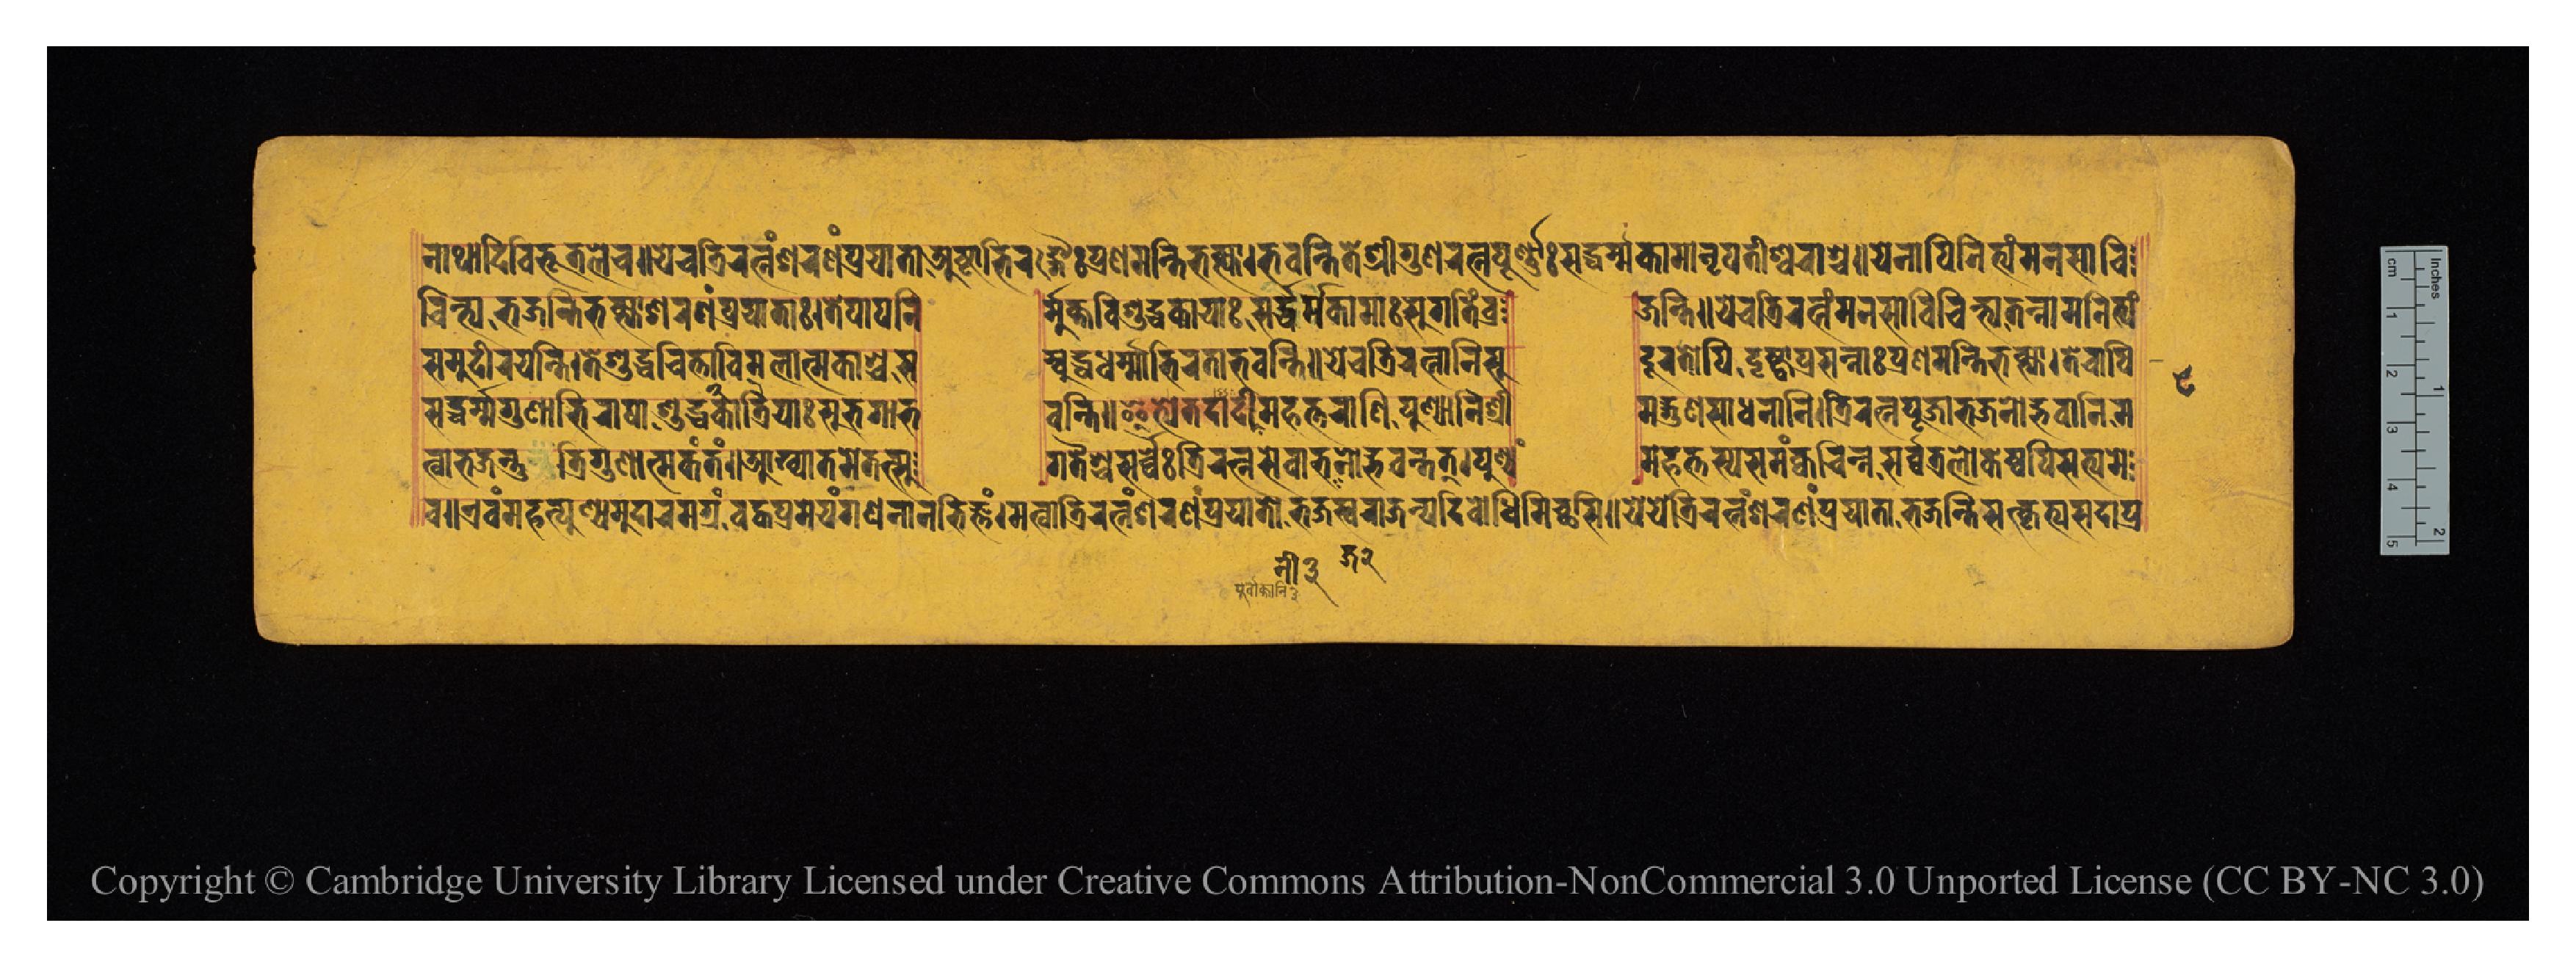
𑐣𑐵𑐠𑐵𑐡𑐶𑐰𑐶𑐨𑐹𑐟𑐮𑐾𑐔𑑌𑐫𑐾𑐔𑐟𑑂𑐬𑐶𑐬𑐟𑑂𑐣𑑄𑐱𑐬𑐞𑑄𑐥𑑂𑐬𑐫𑐵𑐟𑐵𑐀𑐲𑑂𑐚𑐵𑐨𑐶𑐬𑐐𑐿𑑅𑐥𑑂𑐬𑐣𑐩𑐣𑑂𑐟𑐶𑐨𑑂𑐎𑑂𑐟𑑂𑐫𑐵𑑋𑐨𑐰𑐣𑑂𑐟𑐶𑐟𑐾𑐱𑑂𑐬𑐷𑐐𑐸𑐞𑐰𑐬𑑂𑐞𑐥𑐹𑐬𑑂𑐞𑐵𑑅𑐳𑐡𑑂𑐢𑐬𑑂𑐩𑑂𑐩𑐎𑐵𑐩𑐵𑑅𑐣𑐺𑐥𑐟𑐷𑐱𑑂𑐰𑐬𑐵𑐱𑑂𑐔𑑌𑐫𑐾𑐔𑐵𑐥𑐶𑐣𑐶𑐟𑑂𑐫𑑄𑐩𑐣𑐳𑐵𑐰𑐶 𑐔𑐶𑐟𑑂𑐫𑐨𑐖𑐣𑑂𑐟𑐶𑐨𑐎𑑂𑐟𑑂𑐫𑐵𑐱𑐬𑐞𑑄𑐥𑑂𑐬𑐫𑐵𑐟𑐵𑑅𑑋𑐟𑐾𑐥𑐵𑐥𑐣𑐶 𑐬𑑂𑐩𑐸𑐎𑑂𑐟𑐰𑐶𑐱𑐸𑐡𑑂𑐢𑐎𑐵𑐫𑐵𑑅𑐳𑐡𑑂𑐢𑐬𑑂𑐩𑑂𑐩𑐎𑐵𑐩𑐵𑑅𑐡𑐸𑐬𑑂𑐐𑐟𑐶𑑄𑐰𑑂𑐬 𑐖𑐣𑑂𑐟𑐶𑑌𑐫𑐾𑐔𑐟𑑂𑐬𑐶𑐬𑐟𑑂𑐣𑑄𑐩𑐣𑐳𑐵𑐰𑐶𑐔𑐶𑐣𑑂𑐟𑑂𑐫𑐟𑐣𑑂𑐣𑐵𑐩𑐣𑐶𑐟𑑂𑐫𑑄 𑐳𑐩𑐸𑐡𑐷𑐬𑐫𑐣𑑂𑐟𑐶𑑋𑐟𑐾𑐱𑐸𑐡𑑂𑐢𑐔𑐶𑐟𑑂𑐟𑐵𑐰𑐶𑐩𑐮𑐵𑐟𑑂𑐩𑐎𑐵𑐱𑑂𑐔𑐳 𑐩𑑂𑐧𑐸𑐡𑑂𑐢𑐢𑐬𑑂𑐩𑐵𑐨𑐶𑐬𑐟𑐵𑐨𑐰𑐣𑑂𑐟𑐶𑑌𑐫𑐾𑐔𑐟𑑂𑐬𑐶𑐬𑐟𑑂𑐣𑐵𑐣𑐶𑐳𑐸 𑐡𑐹𑐬𑐟𑑀𑐥𑐶𑐡𑐺𑐚𑑂𑐰𑐵𑐥𑑂𑐬𑐳𑐣𑑂𑐣𑐵𑑅𑐥𑑂𑐬𑐞𑐩𑐣𑑂𑐟𑐶𑐨𑐎𑑂𑐟𑑂𑐫𑐵𑑋𑐟𑐾𑐔𑐵𑐥𑐶 𑐳𑐡𑑂𑐢𑐬𑑂𑐩𑑂𑐩𑐐𑐸𑐞𑐵𑐨𑐶𑐮𑐵𑐲𑐵𑑅𑐱𑐸𑐡𑑂𑐢𑐟𑑂𑐬𑐶𑐎𑐵𑐫𑐵𑑅𑐳𑐸𑐨𑐐𑐵𑐨 𑐰𑐣𑑂𑐟𑐶𑑌𑐂𑐟𑑂𑐫𑐾𑐟𑐡𑐵𑐡𑐷𑐣𑐶𑐩𑐴𑐟𑑂𑐟𑐬𑐵𑐞𑐶𑐥𑐸𑐞𑑂𑐫𑐵𑐣𑐶𑐱𑑂𑐬𑐷 𑐳𑐡𑑂𑐐𑐸𑐞𑐵𑐳𑐵𑐢𑐣𑐵𑐣𑐶𑑋𑐟𑑂𑐬𑐶𑐬𑐟𑑂𑐣𑐥𑐹𑐖𑐵𑐨𑐖𑐣𑑀𑐡𑑂𑐨𑐰𑐵𑐣𑐶𑐩 𑐰𑑌𑐊𑐰𑑄𑐩𑐴𑐟𑑂𑐥𑐸𑐞𑑂𑐫𑐩𑐸𑐡𑐵𑐬𑐩𑐐𑑂𑐬𑐩𑑂𑐧𑐡𑑂𑐢𑐥𑑂𑐬𑐩𑐾𑐫𑑄𑐐𑐞𑐣𑐵𑐣𑐨𑐶𑐖𑑂𑐘𑑄𑑋𑐩𑐟𑑂𑐰𑐵𑐟𑑂𑐬𑐶𑐬𑐟𑑂𑐣𑑄𑐱𑐬𑐞𑑄𑐥𑑂𑐬𑐫𑐵𑐟𑑀𑐬𑐵𑐖𑐣𑑂𑐫𑐡𑐶𑐧𑑀𑐡𑑂𑐢𑐶𑐩𑐶𑐔𑑂𑐕𑐳𑐶𑑌𑐫𑐾𑐫𑐾𑐟𑑂𑐬𑐶𑐬𑐟𑑂𑐣𑑄𑐱𑐬𑐞𑑄𑐥𑑂𑐬𑐫𑐵𑐟𑐵𑐨𑐖𑐣𑑂𑐟𑐶𑐳𑐟𑑂𑐎𑐺𑐟𑑂𑐫𑐳𑐡𑐵𑐥𑑂𑐬 𑐟𑑂𑐰𑐵𑐨𑐖𑐣𑑂𑐟𑐸𑐟𑑂𑐬𑐶𑐐𑐸𑐞𑐵𑐟𑑂𑐩𑐎𑑄𑐟𑑄𑑌𑐁𑐏𑑂𑐫𑐵𑐟𑐩𑐾𑐟𑐟𑑂𑐳𑐸 𑐐𑐟𑐿𑐱𑑂𑐔𑐳𑐬𑑂𑐰𑐾𑑅𑐟𑑂𑐬𑐶𑐬𑐟𑑂𑐣𑐳𑐾𑐰𑐵𑐨𑐖𑐣𑑀𑐡𑑂𑐨𑐰𑑄𑐟𑐟𑑂𑑋𑐥𑐸𑐞𑑂𑐫𑑄 𑐩𑐴𑐟𑑂𑐟𑐳𑑂𑐫𑐳𑐩𑑄𑐎𑑂𑐰𑐔𑐶𑐣𑑂𑐣𑐳𑐬𑑂𑐰𑑂𑐰𑐟𑑂𑐬𑐮𑑀𑐎𑐾𑐲𑑂𑐰𑐥𑐶𑐳𑐟𑑂𑐫𑐾𑐩𑐾 𑑘